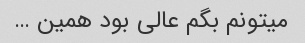
میتونم بگم عالی بود همین …